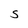
Character: S